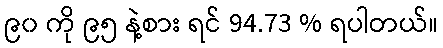
၉၀ ကို ၉၅ နဲ့စား ရင် 94.73 % ရပါတယ်။